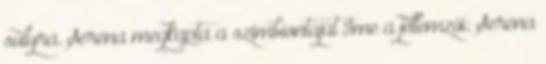
súlyra. Serena megkapta a szimbiontáját Íme a jellemzői: Serena